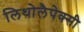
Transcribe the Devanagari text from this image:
लिथोलैपेक्सी